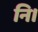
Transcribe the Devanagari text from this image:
नि।